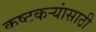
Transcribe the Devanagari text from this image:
कष्टकर्‍यांसाठी